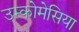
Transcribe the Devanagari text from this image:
उम्कोमेसिया